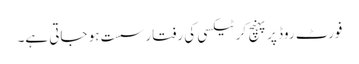
فورٹ روڈ پر پہنچ کر ٹیکسی کی رفتار سست ہو جاتی ہے۔